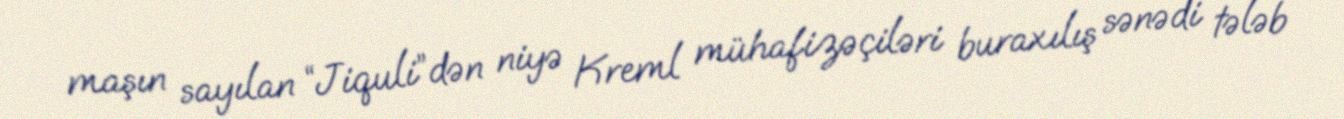
maşın sayılan “Jiquli”dən niyə Kreml mühafizəçiləri buraxılış sənədi tələb